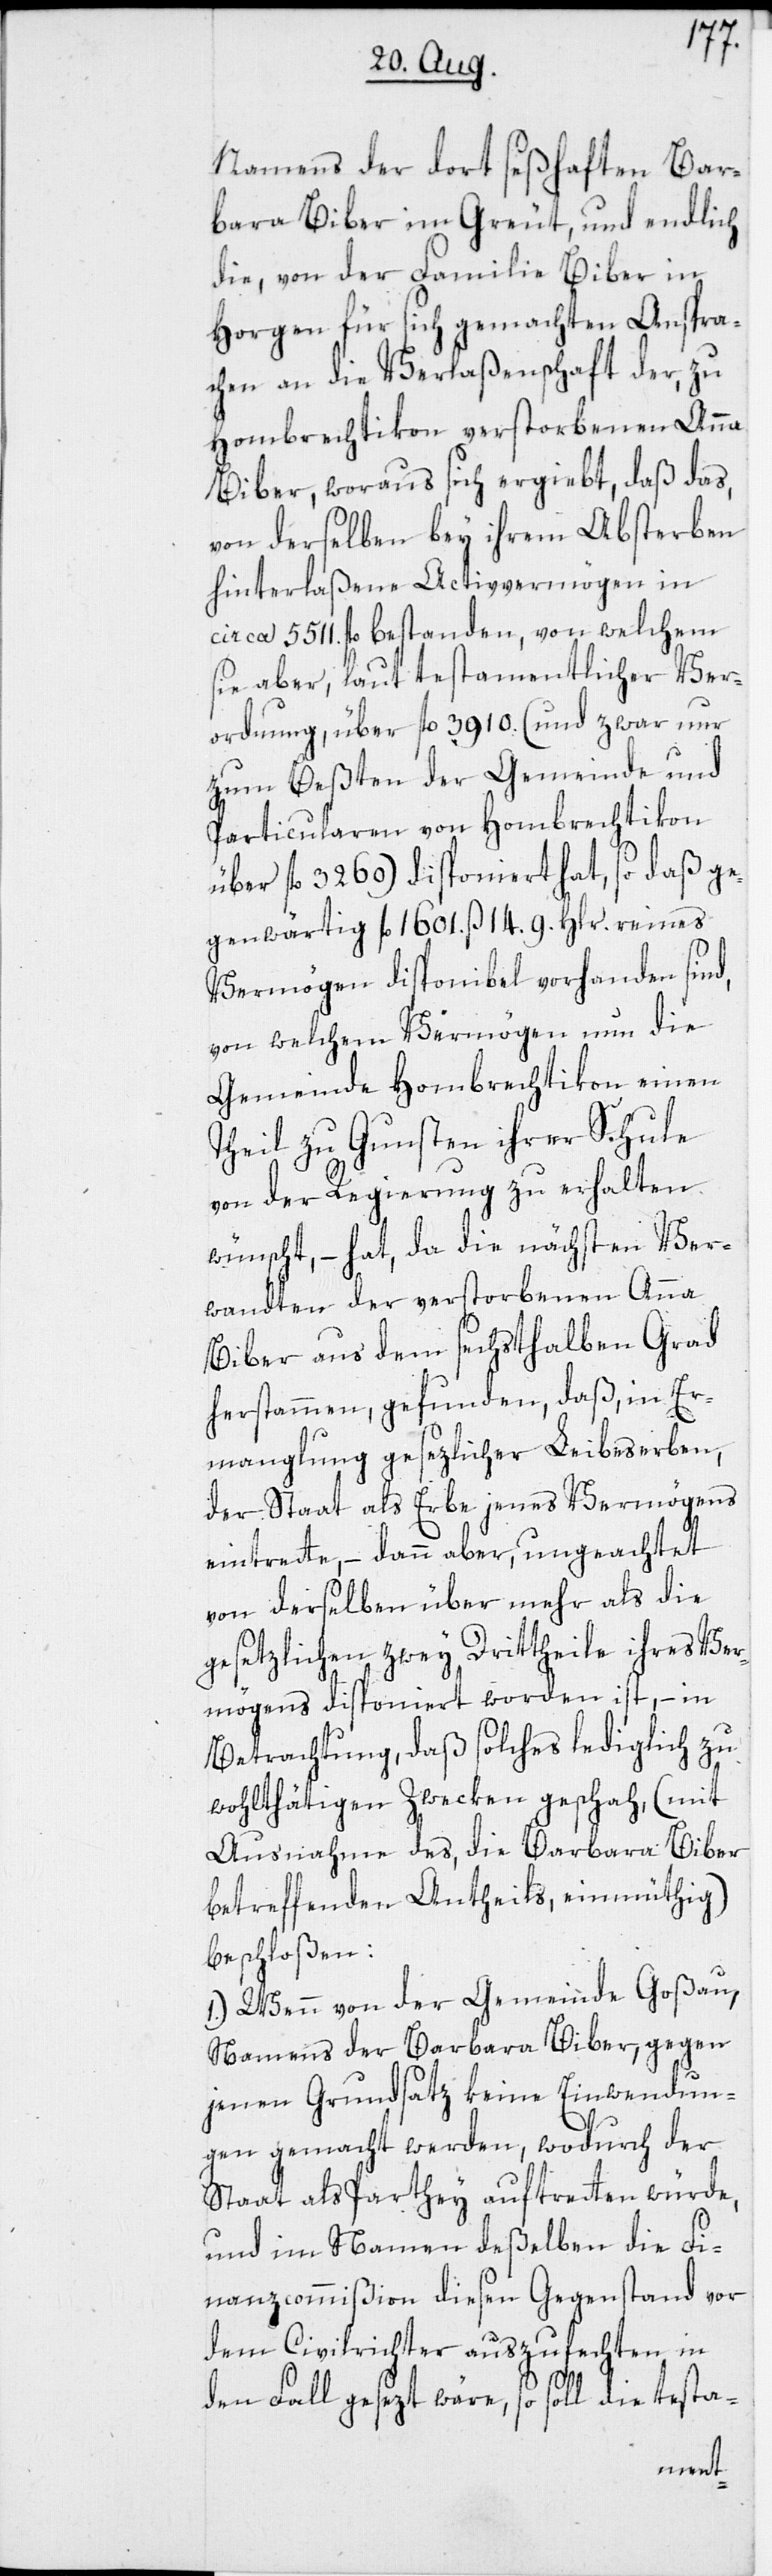
Namens der dort seßhaften Bar¬
bara Biber im Greut, und endlich
die, von der Familie Biber in
Horgen für sich gemachten Anspra¬
chen an die Verlaßenschaft der, zu
Hombrechtikon verstorbenen Anna
Biber, woraus sich ergiebt, daß das
von derselben bey ihrem Absterben
hinterlaßene Activvermögen in
circa 5511. fl. bestanden, von welchem
sie aber, laut testamentlicher Ver¬
ordnung, über fl. 3910. (und zwar nur
zum Beßten der Gemeinde und
Particularen von Hombrechtikon
über fl. 3260) disponiert hat, so daß ge¬
genwärtig fl. 1601. ß. 14. 9. Hlr. reines
Vermögen disponibel vorhanden sind,
von welchem Vermögen nun die
Gemeinde Hombrechtikon einen
Theil zu Gunsten ihrer Schule
von der Regierung zu erhalten
wünscht, – hat, da die nächsten Ver¬
wandten der verstorbenen Anna
Biber aus dem sechsthalben Grad
herstammen, gefunden, daß, in Er¬
manglung gesezlicher Leibeserben,
der Staat als Erbe jenes Vermögens
eintrette, – dann aber, ungeachtet
von derselben über mehr als die
gesetzlichen zwey Drittheile ihres Ver¬
mögens disponiert worden ist, – in
Betrachtung, daß solches lediglich zu
wohlthätigen Zwecken geschah, (mit
Ausnahme des, die Barbara Biber
betreffenden Antheils, einmüthig)
beschloßen:
1. Wenn von der Gemeinde Goßau,
Namens der Barbara Biber, gegen
jenen Grundsatz keine Einwendun¬
gen gemacht werden; wodurch der
Staat als Parthey auftretten würde,
und im Namen deßelben die Fi¬
nanzcommißion diesen Gegenstand vor
dem Civilrichter auszufechten in
den Fall gesezt wäre, so soll die testa-